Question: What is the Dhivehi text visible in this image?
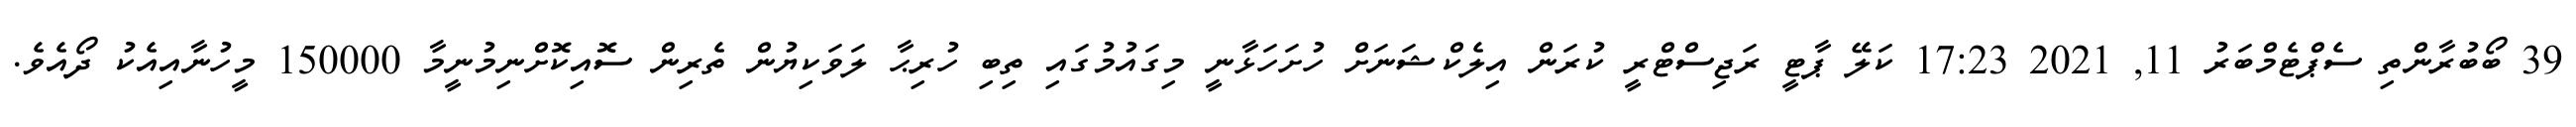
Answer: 39 ބޯބުރާންތި ސެޕްޓެމްބަރު 11, 2021 17:23 ކަލޭ ޕާޓީ ރަޖިސްޓްރީ ކުރަން އިލެކްޝަނަށް ހުށަހަޅާނީ މިގައުމުގައި ތިބި ހުރިޙާ ލަވަކިޔުން ތެރިން ސޮއިކޮށްނިމުނީމާ 150000 މީހުނާއިއެކު ދޯއެވެ.